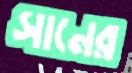
সানের